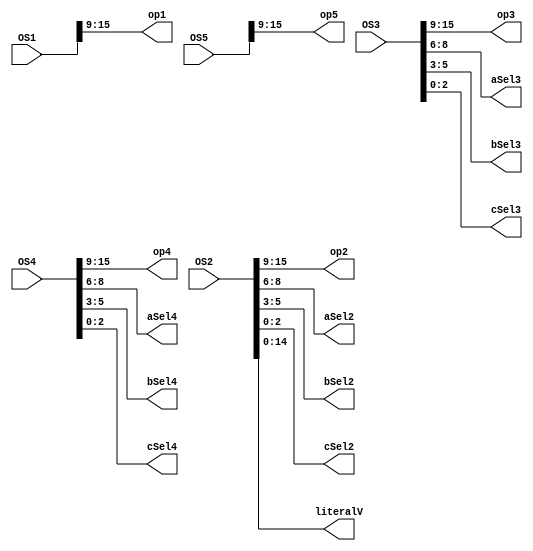
//pipeBreakU -- Breaks the instruction pipeline down into individual output wires.
//This should also significantly clean up the main CPU code.
module pipeBreakU(
  OS1,
  OS2,
  OS3,
  OS4,
  OS5,
  op1,
  op2,
  op3,
  op4,
  op5,
  aSel2,
  aSel3,
  aSel4,
  bSel2,
  bSel3,
  bSel4,
  cSel2,
  cSel3,
  cSel4,
  literalV
  );
  
input [15:0] OS1;
input [15:0] OS2;
input [15:0] OS3;
input [15:0] OS4;
input [15:0] OS5;
output [6:0] op1;
output [6:0] op2;
output [6:0] op3;
output [6:0] op4;
output [6:0] op5;
output [2:0] aSel2;
output [2:0] aSel3;
output [2:0] aSel4;
output [2:0] bSel2;
output [2:0] bSel3;
output [2:0] bSel4;
output [2:0] cSel2;
output [2:0] cSel3;
output [2:0] cSel4;
output [14:0] literalV;

assign literalV=OS2[14:0];

assign op1=OS1[15:9];
assign op2=OS2[15:9];
assign op3=OS3[15:9];
assign op4=OS4[15:9];
assign op5=OS5[15:9];

assign aSel2=OS2[8:6];
assign aSel3=OS3[8:6];
assign aSel4=OS4[8:6];
assign bSel2=OS2[5:3];
assign bSel3=OS3[5:3];
assign bSel4=OS4[5:3];
assign cSel2=OS2[2:0];
assign cSel3=OS3[2:0];
assign cSel4=OS4[2:0];
  
endmodule